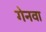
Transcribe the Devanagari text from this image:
गेनवा